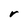
Character: r